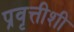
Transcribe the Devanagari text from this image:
प्रवृत्तीशी